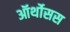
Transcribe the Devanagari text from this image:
ऑर्थोसस